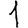
Digit: 1